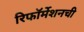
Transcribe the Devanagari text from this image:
रिफॉर्मेशनची